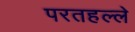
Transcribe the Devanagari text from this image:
परतहल्ले